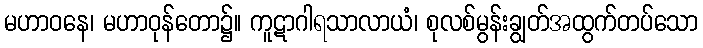
မဟာဝနေ၊ မဟာဝုန်တော၌။ ကူဋာဂါရသာလာယံ၊ စုလစ်မွန်းချွတ်အထွက်တပ်သော